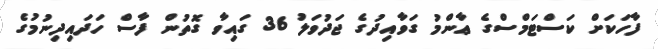
ފާހަކަށް ކަސްޓަމްސްގެ ޢާންމު ގަވާއިދުގެ ޖަދުވަލު 36 ގައިވާ ގޮތުން ފާސް ހަދައިދިނުމުގެ